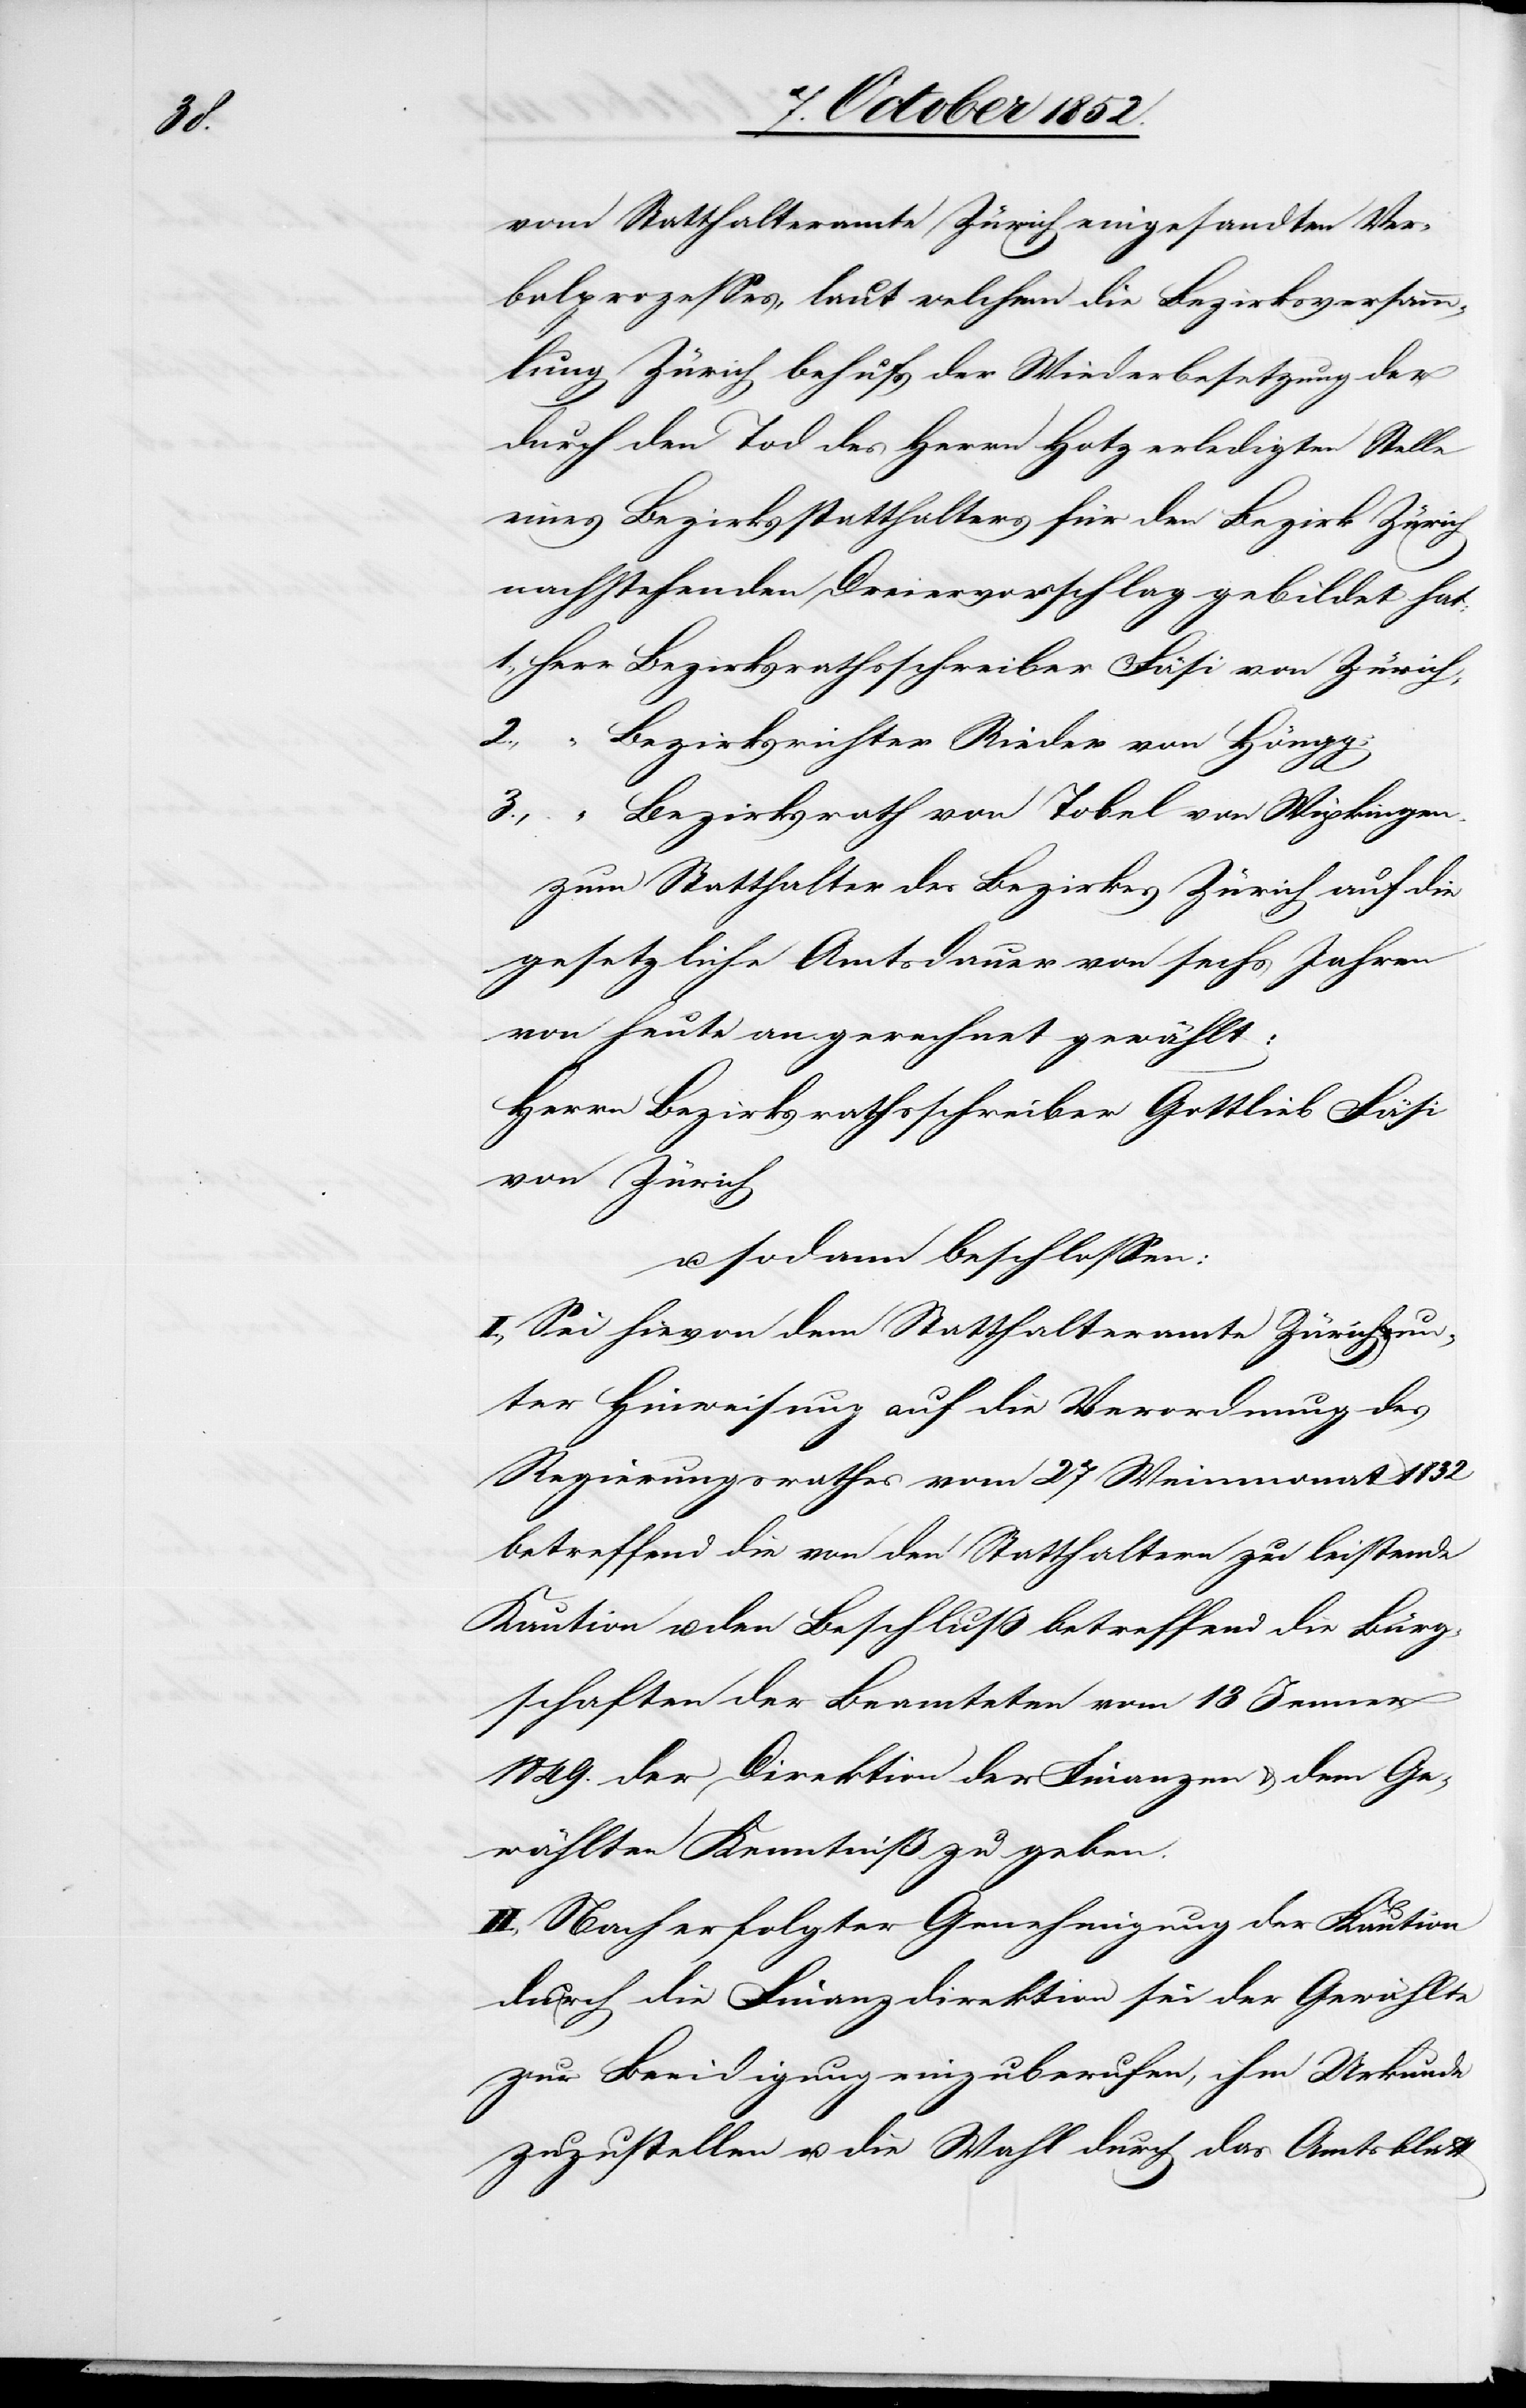
vom Statthalteramte Zürich eingesandten Ver¬
balprozesses, laut welchem die Bezirksversamm¬
lung Zürich behufs der Wiederbesetzung der
durch den Tod des Herrn Hotz erledigten Stelle
eines Bezirksstatthalters für den Bezirk Zürich
nachstehenden Dreiervorschlag gebildet hat:
Herr Bezirksrathsschreiber Fäsi von Zürich;
2.,
Bezirksrichter Rieder von Höngg;
3.,
“ Bezirksrath von Tobel von Wipkingen.
zum Statthalter des Bezirkes Zürich auf die
gesetzliche Amtsdauer von sechs Jahren
von heute angerechnet gewählt:
Herrn Bezirksrathsschreiber Gottlieb Fäsi
von Zürich
u. sodann beschlossen:
I., Sei hievon dem Statthalteramte Zürich un¬
ter Hinweisung auf die Verordnung des
Regierungsrathes vom 27 Weinmonat 1832
betreffend die von den Statthaltern zu leistende
Kaution u. den Beschluß betreffend die Bürg¬
schaften der Beamteten vom 13 Jenner
1849. der Direktion der Finanzen & dem Ge¬
wählten Kenntniß zu geben.
II., Nach erfolgter Genehmigung der Kaution
durch die Finanzdirektion sei der Gewählte
zur Beeidigung einzuberufen, ihm Urkunde
zuzustellen u. die Wahl durch das Amtsblatt